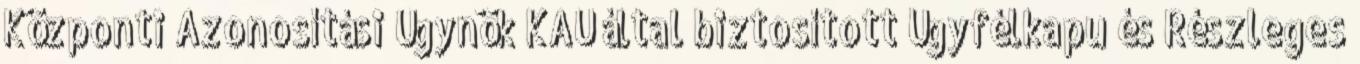
Központi Azonosítási Ügynök KAÜ által biztosított Ügyfélkapu és Részleges